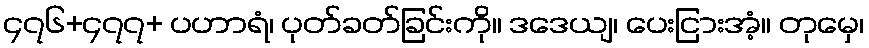
၄၇၆+၄၇၇+ ပဟာရံ၊ ပုတ်ခတ်ခြင်းကို။ ဒဒေယျ၊ ပေးငြားအံ့။ တုမှေ၊